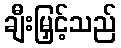
ချီးမြှင့်သည်